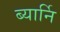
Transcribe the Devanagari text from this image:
ब्यार्नि